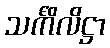
သင်္ကိလိဋ္ဌာ